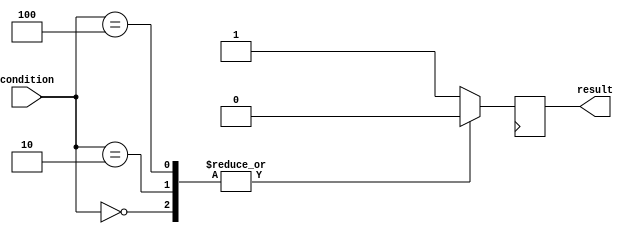
module parallel_case_statement (
    input wire [2:0] condition,
    output reg result
);

always @(posedge clk) begin
    case (condition)
        3'b000: begin
            // Statements for condition 000
            result <= 1'b0;
        end
        3'b001: begin
            // Statements for condition 001
            result <= 1'b1;
        end
        3'b010: begin
            // Statements for condition 010
            result <= 1'b0;
        end
        3'b011: begin
            // Statements for condition 011
            result <= 1'b1;
        end
        3'b100: begin
            // Statements for condition 100
            result <= 1'b0;
        end
        default: begin
            // Default statements
            result <= 1'b1;
        end
    endcase
end

endmodule